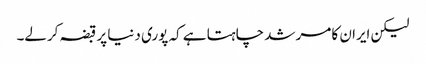
لیکن ایران کا مرشد چاہتا ہے کہ پوری دنیا پر قبضہ کرلے۔